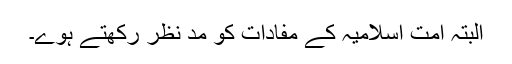
البتہ امت اسلامیہ کے مفادات کو مد نظر رکھتے ہوے۔